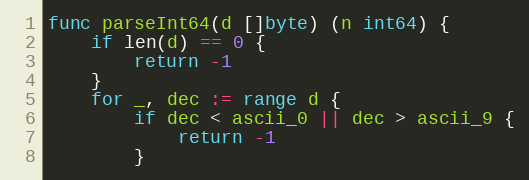
Language: Go
func parseInt64(d []byte) (n int64) {
	if len(d) == 0 {
		return -1
	}
	for _, dec := range d {
		if dec < ascii_0 || dec > ascii_9 {
			return -1
		}